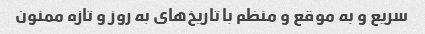
سریع و به موقع و منظم با تاریخ‌های به روز و تازه ممنون